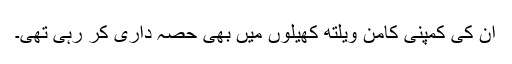
ان کی کمپنی کامن ویلتھ کھیلوں میں بھی حصہ داری کر رہی تھی۔